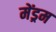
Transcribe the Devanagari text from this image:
मेंड्रम